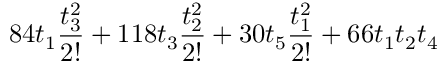
8 4 t _ { 1 } \frac { t _ { 3 } ^ { 2 } } { 2 ! } + 1 1 8 t _ { 3 } \frac { t _ { 2 } ^ { 2 } } { 2 ! } + 3 0 t _ { 5 } \frac { t _ { 1 } ^ { 2 } } { 2 ! } + 6 6 t _ { 1 } t _ { 2 } t _ { 4 }